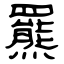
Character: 羆